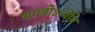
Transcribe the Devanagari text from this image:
भगवोऽध्येमि